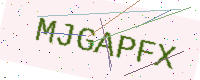
Text: MJGAPFX